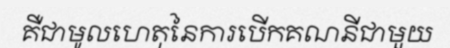
គឺជាមូលហេតុនៃការបើកគណនីជាមួយ